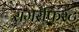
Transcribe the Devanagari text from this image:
समरफिस्ट